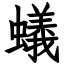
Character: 蟻